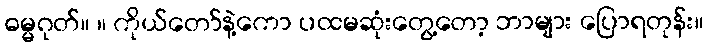
ဓမ္မဂုတ်။ ။ ကိုယ်တော်နဲ့ကော ပထမဆုံးတွေ့တော့ ဘာများ ပြောရတုန်း။